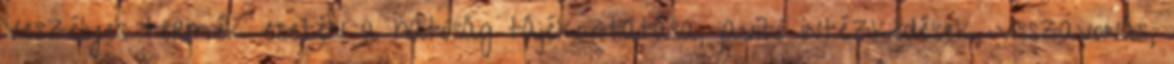
Veszélyes termék esetén a hatóság tájékoztatása, javító intézkedések, visszavonás,